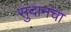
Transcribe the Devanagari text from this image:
सुदानचा